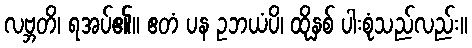
လဗ္ဘတိ၊ ရအပ်၏။ ဧတံ ပန ဥဘယံပိ၊ ထိုနှစ် ပါးစုံသည်လည်း။